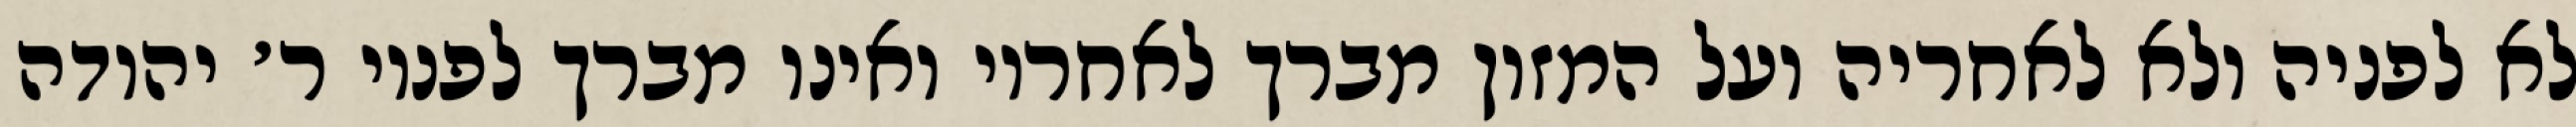
לא לפניה ולא לאחריה ועל המזון מברך לאחריו ואינו מברך לפניו ר׳ יהודה